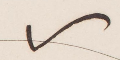
٧